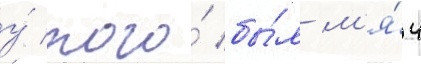
у́ того́ бы́л м'я́ч